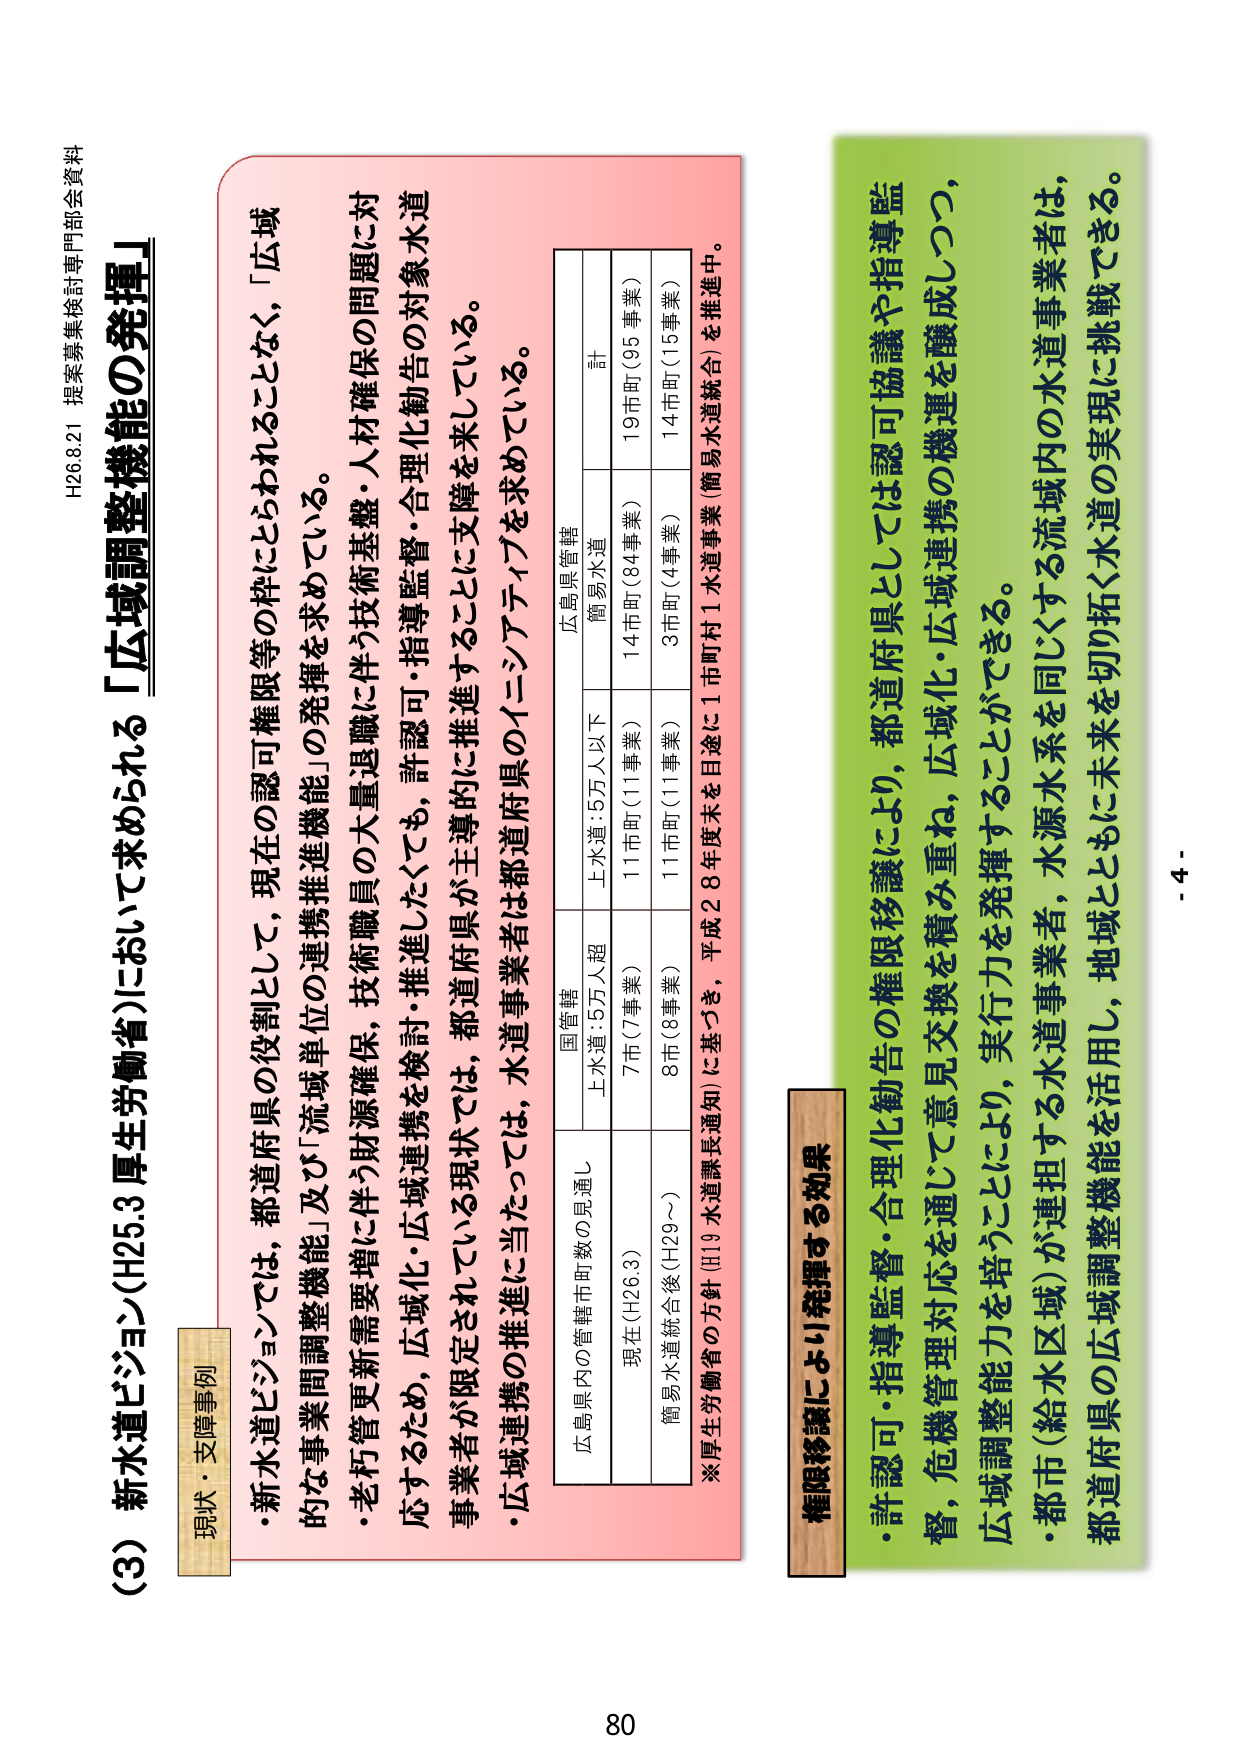
H26.8.21 提案募集検討専門部会資料

(3) 新水道ビジョン(H25.3 厚生労働省)において求められる「広域調整機能の発揮」

現状・支障事例
・新水道ビジョンでは，都道府県の役割として，現在の認可権限等の枠にとらわれることなく，「広域的な事業間調整機能」及び「流域単位の連携推進機能」の発揮を求めている。
・老朽管更新需要増に伴う財源確保，技術職員の大量退職に伴う技術基盤・人材確保の問題に対応するため，広域化・広域連携を検討，推進したくても，許認可・指導監督・合理化勧告の対象水道事業者が限定されている現状では，都道府県が主導的に推進することに支障を来している。
・広域連携の推進に当たっては，水道事業者は都道府県のイニシアティブを求めている。

広島県内の管轄市町数の見通し
国管轄
広島県管轄
上水道：5万人超
上水道：5万人以下
計
簡易水道
現在(H26.3)
7市(7事業)
11市町(11事業)
14市町(84事業)
19市町(95事業)
簡易水道統合後(H29～)
8市(8事業)
11市町(11事業)
3市町(4事業)
14市町(15事業)
※厚生労働省の方針（H19 水道課長通知）に基づき，平成28年度末を目途に1市町村1水道事業（簡易水道統合）を推進中。

権限移譲により発揮する効果
・許認可・指導監督・合理化勧告の権限移譲により，都道府県としては認可協議や指導監督，危機管理対応を通じて意見交換を積み重ね，広域化・広域連携の機運を醸成しつつ，広域調整能力を培うことにより，実行力を発揮することができる。
・都市（給水区域）が連担する水道事業者，水源水系を同じくする流域内の水道事業者は，都道府県の広域調整機能を活用し，地域とともに未来を切り拓く水道の実現に挑戦できる。

80
- 4 -